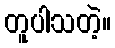
တူပါသတဲ့။